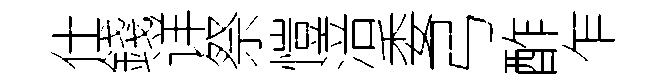
仕錢详祭愷涪委弓酢乍